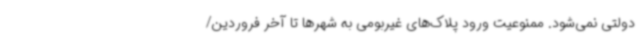
دولتی نمی‌شود. ممنوعیت ورود پلاک‌های غیربومی به شهرها تا آخر فروردین/